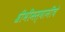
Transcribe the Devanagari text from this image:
श्रीभीमस्वामींचे